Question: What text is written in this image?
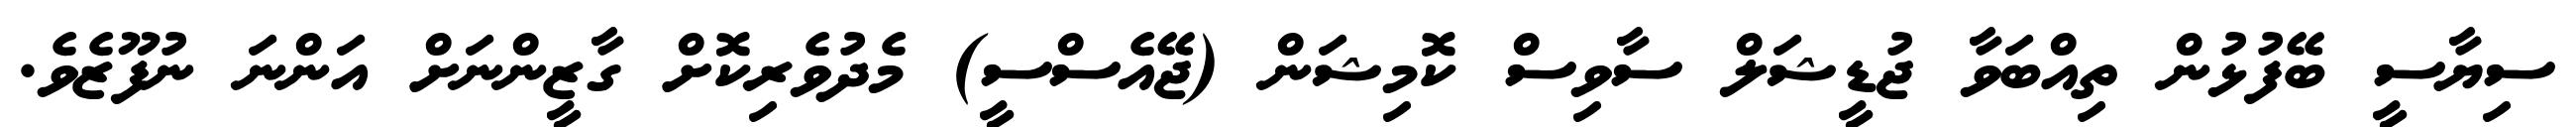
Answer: ސިޔާސީ ބޭފުޅުން ތިއްބަވާ ޖުޑީޝަލް ސާވިސް ކޮމިޝަން (ޖޭއެސްސީ) މެދުވެރިކޮށް ގާޒީންނަށް އަންނަ ނުފޫޒެވެ.